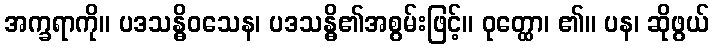
အက္ခရာကို။ ပဒသန္ဓိဝသေန၊ ပဒသန္ဓိ၏အစွမ်းဖြင့်။ ဝုတ္ထော၊ ၏။ ပန၊ ဆိုဖွယ်